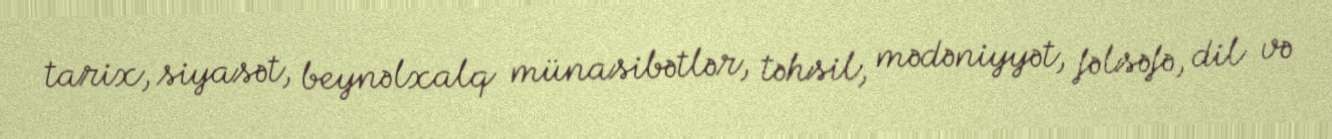
tarix, siyasət, beynəlxalq münasibətlər, təhsil, mədəniyyət, fəlsəfə, dil və